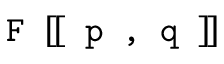
\texttt { F } [ \! [ \texttt { p , q } ] \! ]